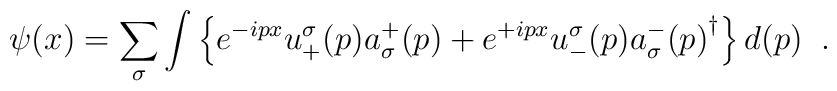
\psi(x)=\sum_\sigma\int\left\{e^{-ipx}u^\sigma_+(p)a^+_\sigma(p)+e^{+ipx}u^\sigma_-(p){a^-_\sigma(p)}^\dagger\right\}d(p)\;\;.